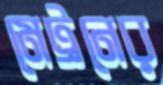
মেট্রনের